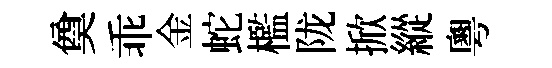
奠乖金蛇檻陇掀縱粵